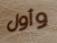
وأول